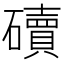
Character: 𥖿